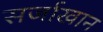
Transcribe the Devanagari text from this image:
सर्जाखान